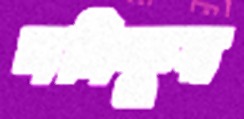
মনিফুর